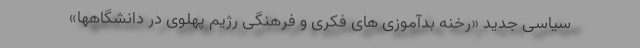
سیاسی جدید «رخنه بدآموزی های فکری و فرهنگی رژیم پهلوی در دانشگاهها»